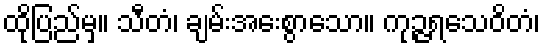
ထိုပြည်မှ။ သီတံ၊ ချမ်းအေးစွာသော။ ကုဉ္ဇရသေဝိတံ၊